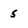
Character: 5